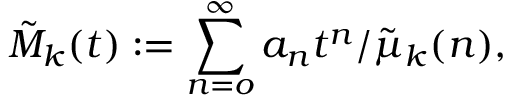
\tilde { M } _ { k } ( t ) : = \sum _ { n = o } ^ { \infty } a _ { n } t ^ { n } / \tilde { \mu } _ { k } ( n ) ,